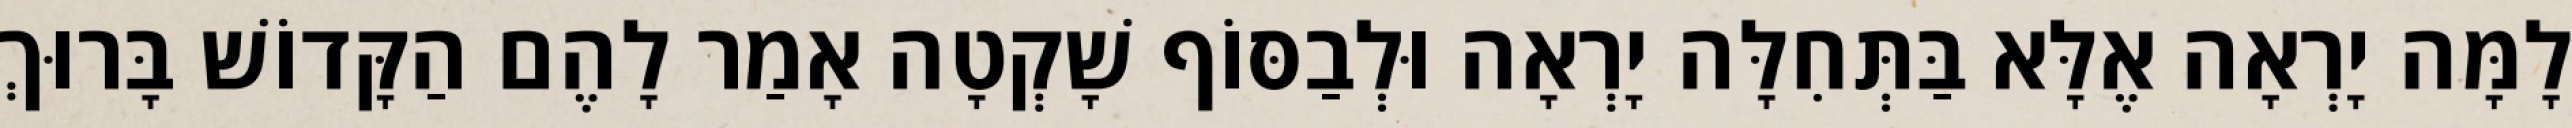
לָמָּה יָרְאָה אֶלָּא בַּתְּחִלָּה יָרְאָה וּלְבַסּוֹף שָׁקְטָה אָמַר לָהֶם הַקָּדוֹשׁ בָּרוּךְ